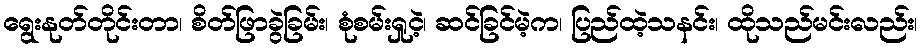
ရွေးနုတ်တိုင်းတာ၊ စိတ်ဖြာခွဲခြမ်း၊ စုံစမ်းရှုငဲ့၊ ဆင်ခြင်မဲ့က၊ ပြည်ထဲ့သနင်း၊ ထိုသည်မင်းလည်း၊